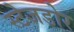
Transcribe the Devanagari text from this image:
स्टेजडोर